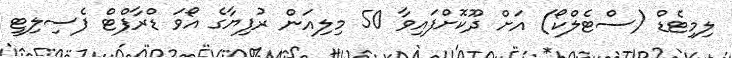
ލިމިޓެޑް (ސްޓެލްކޯ) އަށް ދޫކޮށްފައިވާ 50 މިލިއަން ރުފިޔާގެ އޯވަ ޑްރާފްޓް ފެސިލިޓީ